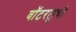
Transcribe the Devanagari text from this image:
वॉटरलुची